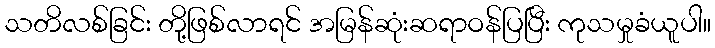
သတိလစ်ခြင်း တို့ဖြစ်လာရင် အမြန်ဆုံးဆရာဝန်ပြပြီး ကုသမှုခံယူပါ။